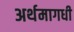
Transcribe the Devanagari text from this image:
अर्थमागधी